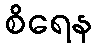
စိရေန